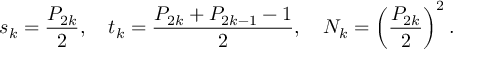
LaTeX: s _ { k } = { \frac { P _ { 2 k } } { 2 } } , \quad t _ { k } = { \frac { P _ { 2 k } + P _ { 2 k - 1 } - 1 } { 2 } } , \quad N _ { k } = \left( { \frac { P _ { 2 k } } { 2 } } \right) ^ { 2 } .